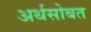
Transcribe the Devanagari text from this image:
अर्थसोबत